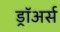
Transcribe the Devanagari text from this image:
ड्रॉअर्स